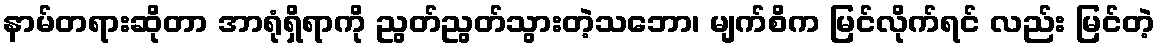
နာမ်တရားဆိုတာ အာရုံရှိရာကို ညွတ်ညွတ်သွားတဲ့သဘော၊ မျက်စိက မြင်လိုက်ရင် လည်း မြင်တဲ့